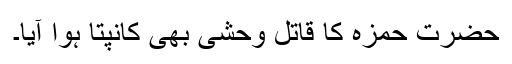
حضرت حمزہؓ کا قاتل وحشی بھی کانپتا ہوا آیا۔